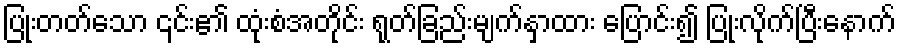
ပြုံးတတ်သော ၎င်း၏ ထုံးစံအတိုင်း ရုတ်ခြည်းမျက်နှာထား ပြောင်း၍ ပြုံးလိုက်ပြီးနောက်